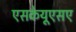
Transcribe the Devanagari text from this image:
एसकेयूएसए